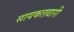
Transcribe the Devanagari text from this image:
सायकलवारी